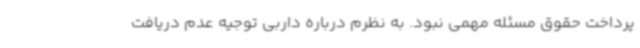
پرداخت حقوق مسئله مهمی نبود. به نظرم درباره داربی توجیه عدم دریافت